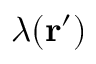
\lambda ( \mathbf { r } ^ { \prime } )